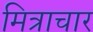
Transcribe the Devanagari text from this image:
मित्राचार